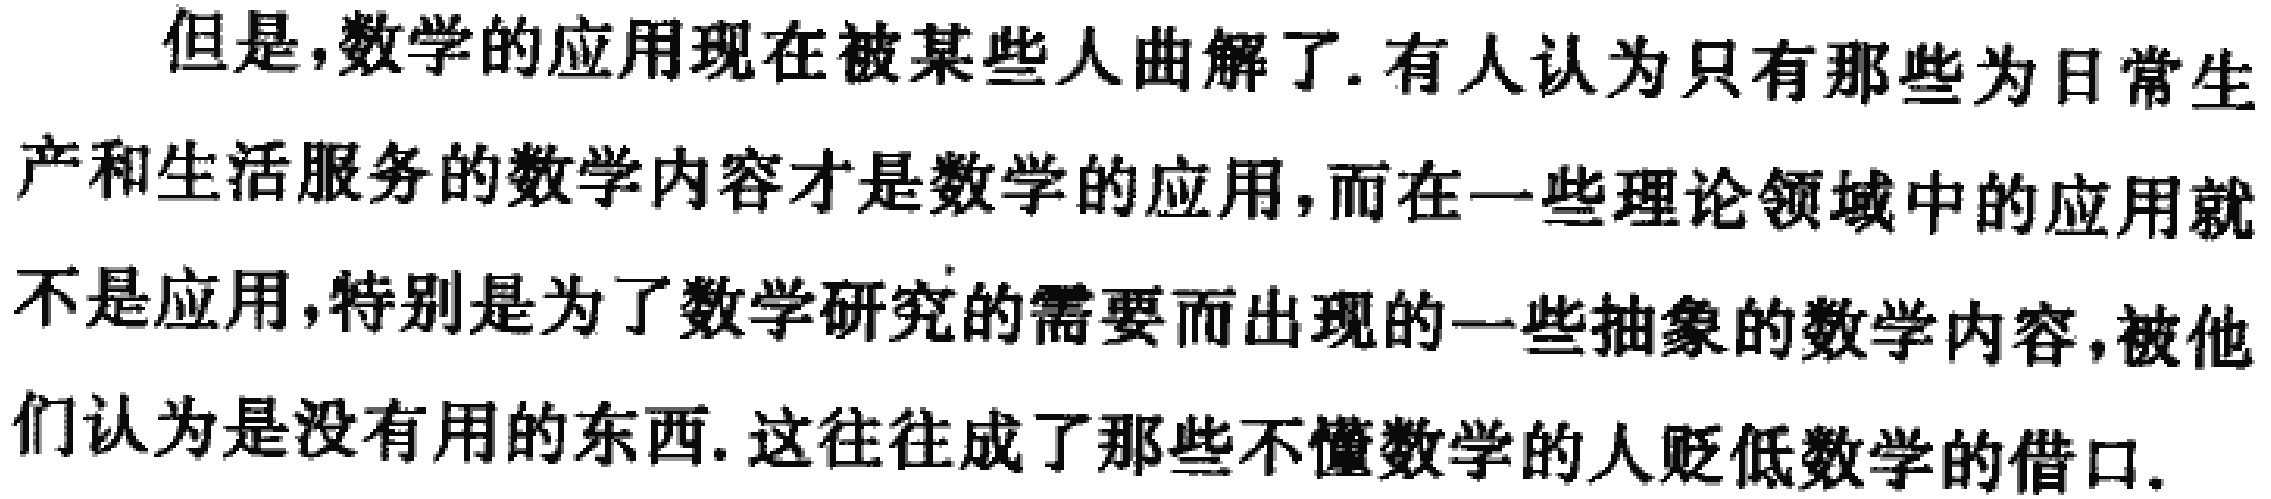
但是,数学的应用现在被某些人曲解了.有人认为只有那些为日常生产和生活服务的数学内容才是数学的应用,而在一些理论领域中的应用就不是应用,特别是为了数学研究的需要而出现的一些抽象的数学内容,被他们认为是没有用的东西.这往往成了那些不懂数学的人贬低数学的借口.